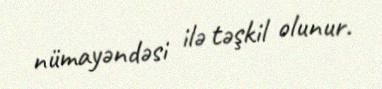
nümayəndəsi ilə təşkil olunur.